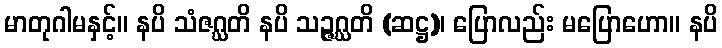
မာတုဂါမနှင့်။ နပိ သံဇဂ္ဃတိ နပိ သဉ္ဇဂ္ဃတိ (ဆဋ္ဌ)၊ ပြောလည်း မပြောဟော။ နပိ